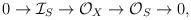
LaTeX: \begin{align*}0\to \mathcal{I}_S\to \mathcal{O}_X\to \mathcal{O}_S\to 0,\end{align*}